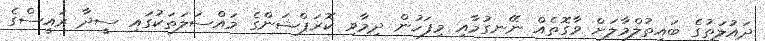
ދައުލަތުގެ ބައިތުލްމާލަށް ވާގޮތެއް ނޭނގުމާއި މިފަހުން ދިމާވި ކޮރަޕްޝަންގެ މައްސަލަތަކުގައި ސީދާ ރައީސްގެ